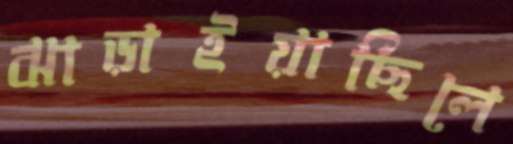
ঝাড়াইয়াছিলে